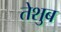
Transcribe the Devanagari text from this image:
तेशुब